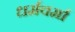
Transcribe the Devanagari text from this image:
धर्मवर्मा